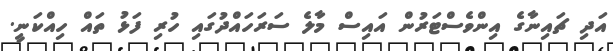
އަދި ޗައިނާގެ އިންވެސްޓަރުން އައިސް މާލެ ސަރަހައްދުގައި ހުރި ފަޅު ތައް ހިއްކަނީ.